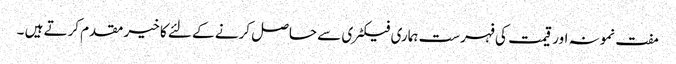
مفت نمونہ اور قیمت کی فہرست ہماری فیکٹری سے حاصل کرنے کے لئے کا خیر مقدم کرتے ہیں ۔